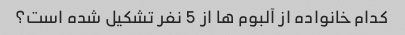
کدام خانواده از آلبوم ها از 5 نفر تشکیل شده است؟